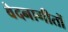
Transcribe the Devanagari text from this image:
वेदनागीतों